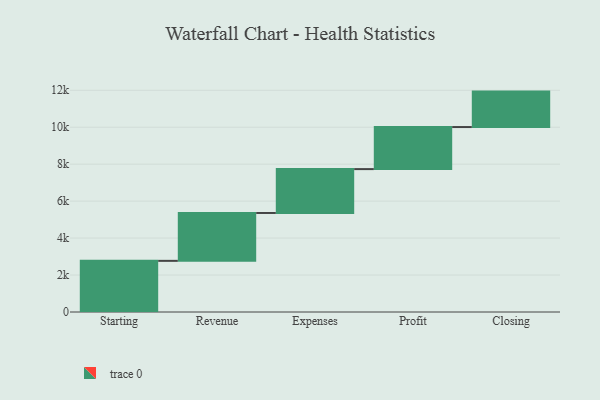
{"axis": {"x": "Step", "y": "Value"}, "legend": [""], "data": [{"x": "Starting", "y": 2768.0, "type": ""}, {"x": "Revenue", "y": 2591.0, "type": ""}, {"x": "Expenses", "y": 2374.0, "type": ""}, {"x": "Profit", "y": 2276.0, "type": ""}, {"x": "Closing", "y": 1918.0, "type": ""}]}